Leaving Certificate Examination (including Day School Certificate (Higher) General paper), 1938
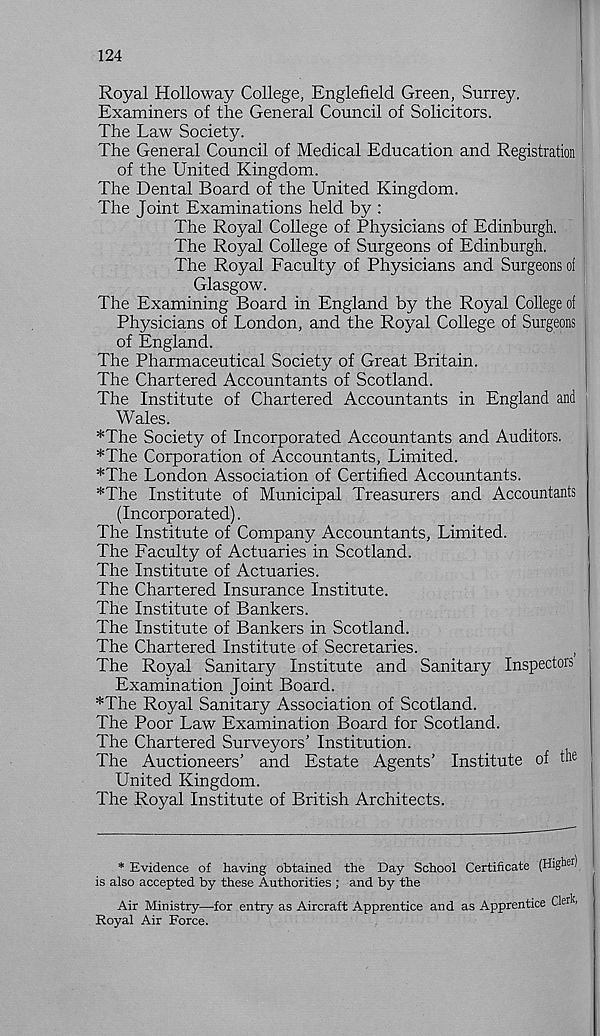
124
Royal Holloway College, Englefield Green, Surrey.
Examiners of the General Council of Solicitors.
The Law Society.
The General Council of Medical Education and Registration
of the United Kingdom.
The Dental Board of the United Kingdom.
The Joint Examinations held by :
The Royal College of Physicians of Edinburgh.
The Royal College of Surgeons of Edinburgh.
The Royal Faculty of Physicians and Surgeons oi
Glasgow.
The Examining Board in England by the Royal College of
Physicians of London, and the Royal College of Surgeons
of England.
The Pharmaceutical Society of Great Britain.
The Chartered Accountants of Scotland.
The Institute of Chartered Accountants in England and
Wales.
*The Society of Incorporated Accountants and Auditors.
*The Corporation of Accountants, Limited.
*The London Association of Certified Accountants.
*The Institute of Municipal Treasurers and Accountants
(Incorporated).
The Institute of Company Accountants, Limited.
The Faculty of Actuaries in Scotland.
The Institute of Actuaries.
The Chartered Insurance Institute.
The Institute of Bankers.
The Institute of Bankers in Scotland.
The Chartered Institute of Secretaries.
,
The Royal Sanitary Institute and Sanitary Inspectors
Examination Joint Board.
*The Royal Sanitary Association of Scotland.
The Poor Law Examination Board for Scotland.
The Chartered Surveyors' Institution.
The Auctioneers’ and Estate Agents’ Institute of the
United Kingdom.
The Royal Institute of British Architects.
* Evidence of having obtained the Day School Certificate (High er )
is also accepted by these Authorities ; and by the
Air Ministry—for entry as Aircraft Apprentice and as Apprentice Clerh
Royal Air Force.